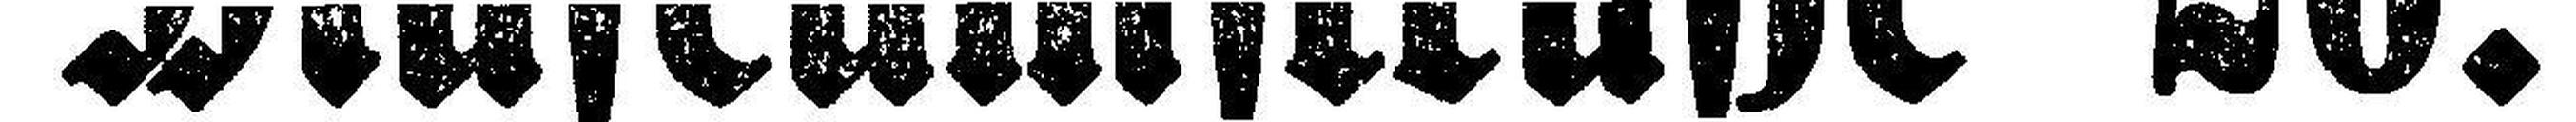
Museumstraße 20.